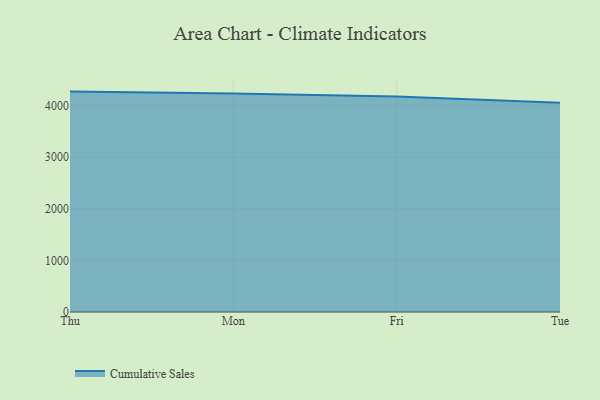
{"axis": {"x": "Day", "y": "Population (Million)"}, "legend": ["Cumulative Sales"], "data": [{"x": "Thu", "y": 4273.7, "type": "Cumulative Sales"}, {"x": "Mon", "y": 4236.1, "type": "Cumulative Sales"}, {"x": "Fri", "y": 4177.0, "type": "Cumulative Sales"}, {"x": "Tue", "y": 4056.8, "type": "Cumulative Sales"}]}